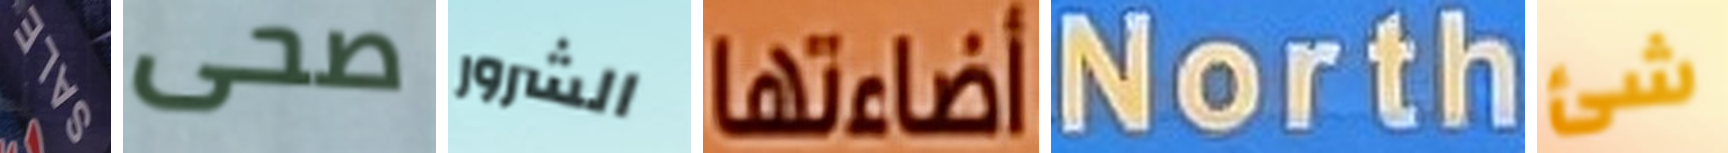
SALE صحى الشرور أضاءتها North شئ